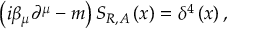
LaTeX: \left( i \beta _ { \mu } \partial ^ { \mu } - m \right) S _ { R , A } \left( x \right) = \delta ^ { 4 } \left( x \right) ,